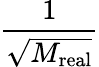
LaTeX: \frac{1}{\sqrt{M_{\mathrm{real}}}}